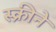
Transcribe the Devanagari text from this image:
स्क्रीने